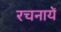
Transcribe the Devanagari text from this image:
रचनायेँ